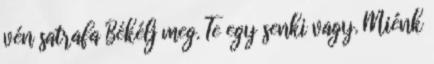
vén satrafa Békélj meg. Te egy senki vagy. Miénk